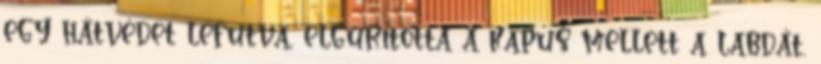
egy hátvédet lefutva, elgurította a kapus mellett a labdát.